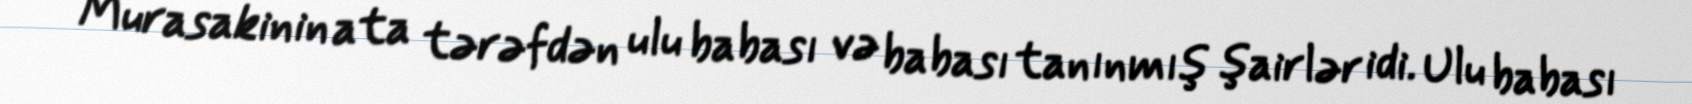
Murasakinin ata tərəfdən ulu babası və babası tanınmış şairlər idi. Ulu babası